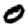
Digit: 0